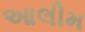
આલીમ